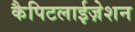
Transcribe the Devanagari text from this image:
कैपिटलाईज़ेशन